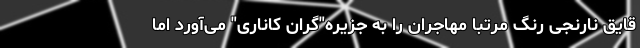
قایق نارنجی رنگ مرتبا مهاجران را به جزیره"گران کاناری" می‌آورد اما